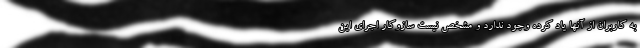
به کاربران از آنها یاد کرده وجود ندارد و مشخص نیست سازوکار اجرای این